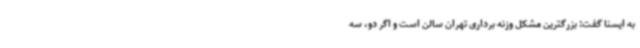
به ایسنا گفت: بزرگترین مشکل وزنه برداری تهران سالن است و اگر دو، سه